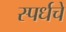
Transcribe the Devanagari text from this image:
स्पर्धचे